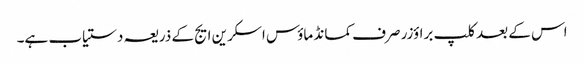
اس کے بعد کلپ براؤزر صرف کمانڈ ماؤس اسکرین ایج کے ذریعہ دستیاب ہے۔